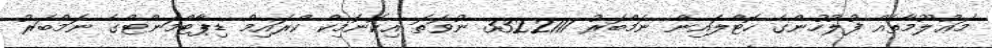
މަޢުލޫމާތެއް ފުލުހުންގެ ހޮޓްލައިން ނަމްބަރު 3322111 ނުވަތަ އިކޮނޮމިކް ކްރައިމް ޑިޕާޓްމަންޓްގެ ނަމްބަރު